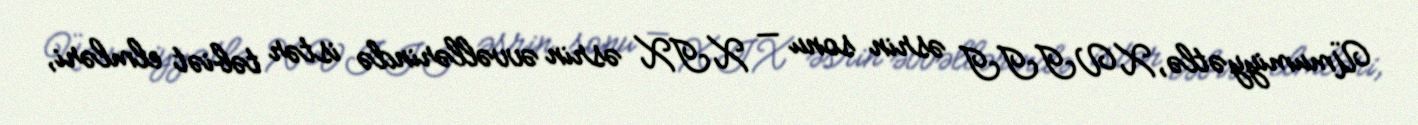
Ümumiyyətlə, XVIII əsrin sonu — XIX əsrin əvvəllərində istər təbiət elmləri,